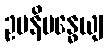
ဥပနိဗန္ဓေယျ